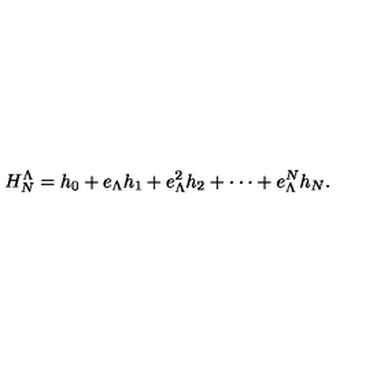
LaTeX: H _ { N } ^ { \Lambda } = h _ { 0 } + e _ { \Lambda } h _ { 1 } + e _ { \Lambda } ^ { 2 } h _ { 2 } + \cdot \cdot \cdot + e _ { \Lambda } ^ { N } h _ { N } .